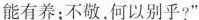
能有养；不敬，何以别乎?”